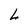
Character: L